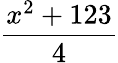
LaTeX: \frac{x^{2}+123}{4}